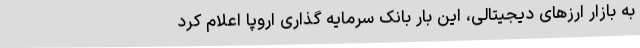
به بازار ارزهای دیجیتالی، این بار بانک سرمایه گذاری اروپا اعلام کرد